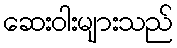
ဆေးဝါးများသည်